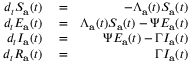
\begin{array} { r l r } { d _ { t } S _ { \mathbf { a } } ( t ) } & { { } = } & { - \Lambda _ { \mathbf { a } } ( t ) S _ { \mathbf { a } } ( t ) } \\ { d _ { t } E _ { \mathbf { a } } ( t ) } & { { } = } & { \Lambda _ { \mathbf { a } } ( t ) S _ { \mathbf { a } } ( t ) - \Psi E _ { \mathbf { a } } ( t ) } \\ { d _ { t } I _ { \mathbf { a } } ( t ) } & { { } = } & { \Psi E _ { \mathbf { a } } ( t ) - \Gamma I _ { \mathbf { a } } ( t ) } \\ { d _ { t } R _ { \mathbf { a } } ( t ) } & { { } = } & { \Gamma I _ { \mathbf { a } } ( t ) } \end{array}